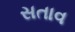
સતાવ